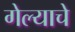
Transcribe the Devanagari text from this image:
गेल्‍याचे